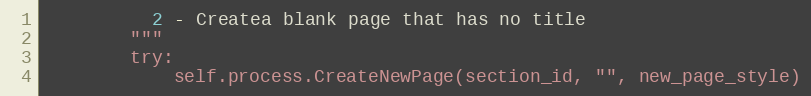
Language: Python
          2 - Createa blank page that has no title
        """
        try:
            self.process.CreateNewPage(section_id, "", new_page_style)